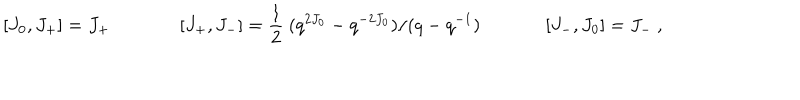
[ J _ { 0 } , J _ { + } ] = J _ { + } [ J _ { + } , J _ { - } ] = { \frac { 1 } { 2 } } ~ ( q ^ { 2 J _ { 0 } } - q ^ { - 2 J _ { 0 } } ) / ( q - q ^ { - 1 } ) ~ ~ [ J _ { - } , J _ { 0 } ] = J _ { - } ~ ,